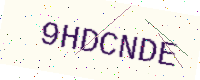
Text: 9HDCNDE